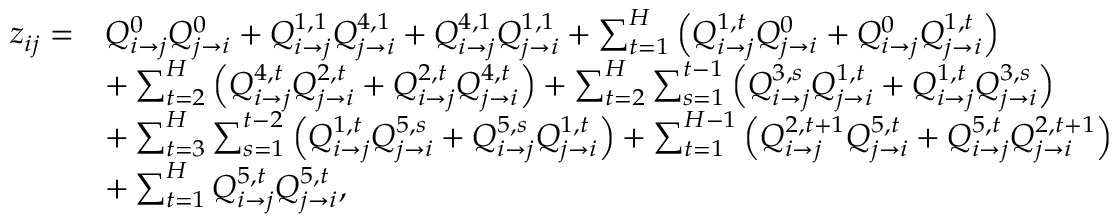
\begin{array} { r l } { z _ { i j } = } & { Q _ { i \rightarrow j } ^ { 0 } Q _ { j \rightarrow i } ^ { 0 } + Q _ { i \rightarrow j } ^ { 1 , 1 } Q _ { j \rightarrow i } ^ { 4 , 1 } + Q _ { i \rightarrow j } ^ { 4 , 1 } Q _ { j \rightarrow i } ^ { 1 , 1 } + \sum _ { t = 1 } ^ { H } \left( Q _ { i \rightarrow j } ^ { 1 , t } Q _ { j \rightarrow i } ^ { 0 } + Q _ { i \rightarrow j } ^ { 0 } Q _ { j \rightarrow i } ^ { 1 , t } \right) } \\ & { + \sum _ { t = 2 } ^ { H } \left( Q _ { i \rightarrow j } ^ { 4 , t } Q _ { j \rightarrow i } ^ { 2 , t } + Q _ { i \rightarrow j } ^ { 2 , t } Q _ { j \rightarrow i } ^ { 4 , t } \right) + \sum _ { t = 2 } ^ { H } \sum _ { s = 1 } ^ { t - 1 } \left( Q _ { i \rightarrow j } ^ { 3 , s } Q _ { j \rightarrow i } ^ { 1 , t } + Q _ { i \rightarrow j } ^ { 1 , t } Q _ { j \rightarrow i } ^ { 3 , s } \right) } \\ & { + \sum _ { t = 3 } ^ { H } \sum _ { s = 1 } ^ { t - 2 } \left( Q _ { i \rightarrow j } ^ { 1 , t } Q _ { j \rightarrow i } ^ { 5 , s } + Q _ { i \rightarrow j } ^ { 5 , s } Q _ { j \rightarrow i } ^ { 1 , t } \right) + \sum _ { t = 1 } ^ { H - 1 } \left( Q _ { i \rightarrow j } ^ { 2 , t + 1 } Q _ { j \rightarrow i } ^ { 5 , t } + Q _ { i \rightarrow j } ^ { 5 , t } Q _ { j \rightarrow i } ^ { 2 , t + 1 } \right) } \\ & { + \sum _ { t = 1 } ^ { H } Q _ { i \rightarrow j } ^ { 5 , t } Q _ { j \rightarrow i } ^ { 5 , t } , } \end{array}